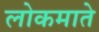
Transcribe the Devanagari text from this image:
लोकमाते